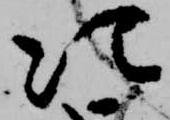
次